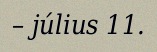
– július 11.